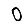
Digit: 0